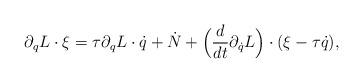
LaTeX: \begin{align*} \partial_q L\cdot \xi =\tau \partial_qL\cdot\dot q+\dot N+ \Bigl(\frac{d}{dt}\partial_{\dot q}L\Bigr)\cdot(\xi-\tau \dot q),\end{align*}